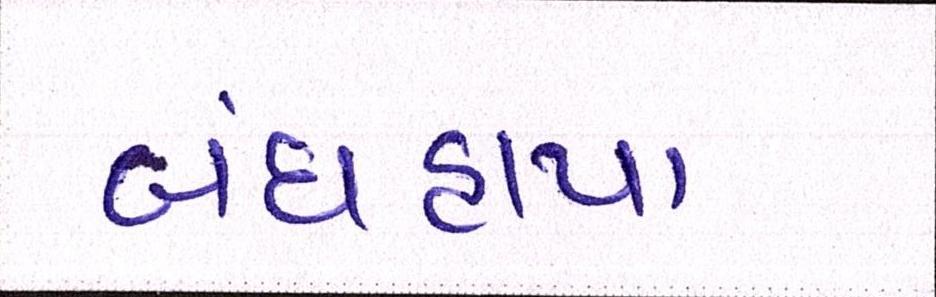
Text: બંધહાપા